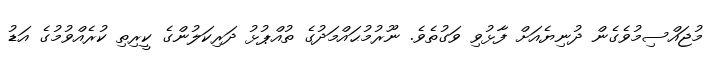
މުޖައްސިމުވެގެން ދުނިޔެއަށް ފާޅުވި ވަގުތެވެ. ނޫރުމުޙައްމަދުގެ ތުއްޕުޅު ދަރިކަލުންގެ ކީރިތި ކުރެއްވުމުގެ އަޑު